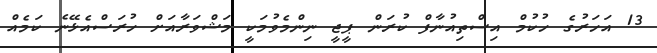
13 އަހަަރުގެ ހުކުމް އިސްތިއުނާފް ކުރަން ޕީޖީ ނިންމެވުމަކީ މަޝްވަރާއަށް ހުރަސްއެޅޭނެ ކަމެއް